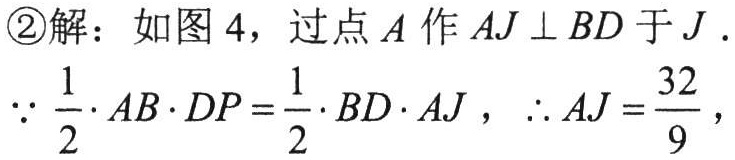
\textcircled{2}解：如图 4，过点 \(A\) 作 \(AJ \perp BD\) 于 \(J\) .
\(\because \frac{1}{2} \cdot AB \cdot DP=\frac{1}{2} \cdot BD \cdot AJ\)，\(\therefore AJ = \frac{32}{9}\)，